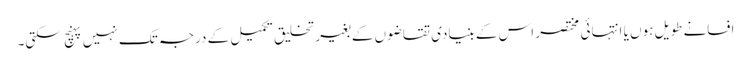
افسانے طویل ہوں یا انتہائی مختصر اس کے بنیادی تقاضوں کے بغیر تخلیق تکمیل کے درجہ تک نہیں پہنچ سکتی۔